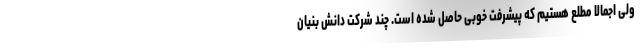
ولی اجمالا مطلع هستیم که پیشرفت خوبی حاصل شده است. چند شرکت دانش بنیان